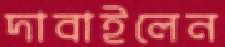
দাবাইলেন